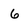
Character: 6